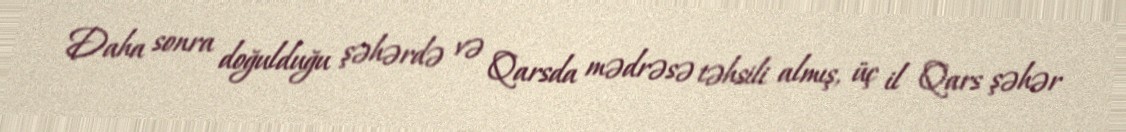
Daha sonra doğulduğu şəhərdə və Qarsda mədrəsə təhsili almış, üç il Qars şəhər